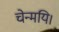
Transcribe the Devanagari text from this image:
चेन्मयि।